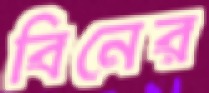
বিনের